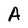
Character: A